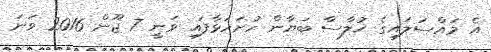
އެ މައްސަލައިގެ ޚުލާސާ ބަޔާން ހުށަހަޅާފައި ވަނީ 7 ޖޫން 2016 ވަނަ